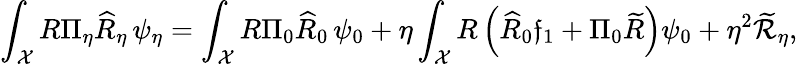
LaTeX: \int_{\mathcal{X}}R\Pi_{\eta}\widehat{R}_{\eta}\, \psi_{\eta}=\int_{\mathcal{X}}R\Pi_{0}\widehat{R}_{0}\, \psi_{0}+\eta\int_{\mathcal{X}}R\left(\widehat{R}_{0}\mathfrak{f}_{1}+\Pi_{0}\widetilde{R}\right)\psi_{0}+\eta^{2}\widetilde{\mathcal{R}}_{\eta},